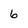
Character: 6